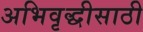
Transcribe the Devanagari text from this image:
अभिवृद्धीसाठी